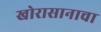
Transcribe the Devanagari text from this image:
खोरासानाचा